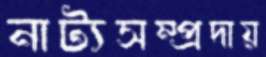
নাট্যসম্প্রদায়